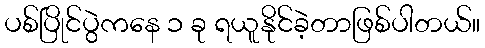
ပစ်ပြိုင်ပွဲကနေ ၁ ခု ရယူနိုင်ခဲ့တာဖြစ်ပါတယ်။